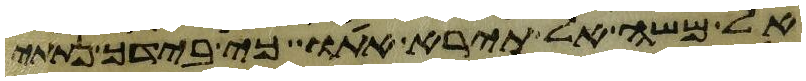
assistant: אל משה אל תירא אתו כי בידך נתתי